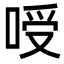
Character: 㖟